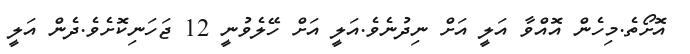
އޮށޯތެ.މިހެން އޮއްވާ އަލީ އަށް ނިދުނެވެ.އަލީ އަށް ހޭލެވުނީ 12 ޖަހަނިކޮށެވެ.ދެން އަލީ